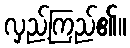
လှည့်ကြည်၏။